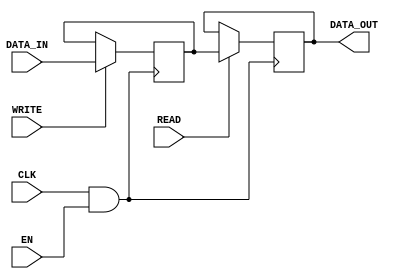
module clock_gating_memory (
    input wire CLK,        // Primary clock signal
    input wire EN,         // Enable signal for clock gating
    input wire [7:0] DATA_IN, // Data input for the memory block
    input wire WRITE,      // Write enable signal
    input wire READ,       // Read enable signal
    output reg [7:0] DATA_OUT // Data output from the memory block
);

// Gated clock signal
wire CLK_GATED;

// Clock gating logic
assign CLK_GATED = CLK & EN; // AND gate for clock gating

// Memory block (simple register-based example)
reg [7:0] memory [0:15]; // 16x8 memory block

// Write operation
always @(posedge CLK_GATED) begin
    if (WRITE) begin
        memory[0] <= DATA_IN; // Example: writing to address 0
    end
end

// Read operation
always @(posedge CLK_GATED) begin
    if (READ) begin
        DATA_OUT <= memory[0]; // Example: reading from address 0
    end
end

endmodule